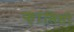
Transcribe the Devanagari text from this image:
फ़ांसिसी